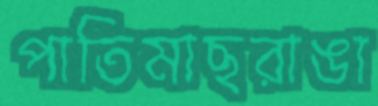
পাতিমাছরাঙা